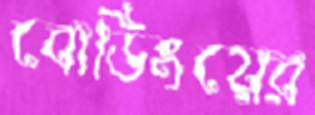
বোডিংয়ের